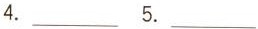
4.___ 5.___